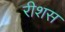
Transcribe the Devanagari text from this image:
रीशस